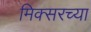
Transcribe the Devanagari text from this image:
मिक्सरच्या